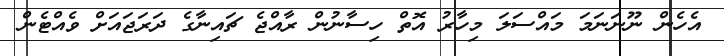
އެހެން ނޫނަނަމަ މައްސަލަ މިހާރު އޮތް ހިސާނުން ރާއްޖެ ޗައިނާގެ ދަރަޖައަށް ވެއްޓެން